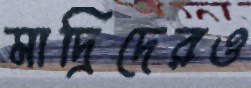
মাদ্রিদেরও